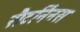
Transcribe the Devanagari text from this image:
सैटर्निनस